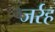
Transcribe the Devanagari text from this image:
जर्रह